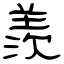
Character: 羨